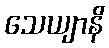
သေယျာနိ